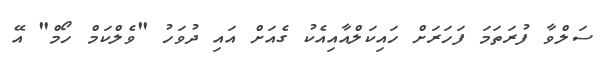
ސަލްވާ ފުރަތަމަ ފަހަރަށް ހައިކަލްއާއިއެކު ގެއަށް އައި ދުވަހު "ވެލްކަމް ހޯމް" އޭ